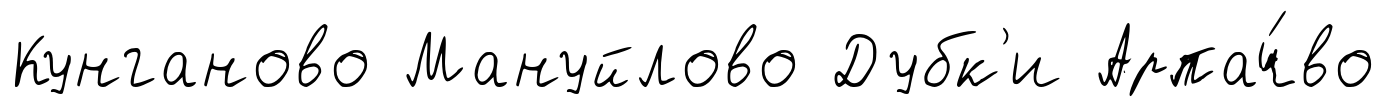
Кунганово Мануйлово Дубк'и Арпач́во